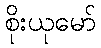
စိုးယုမော်